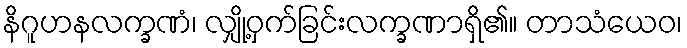
နိဂူဟနလက္ခဏံ၊ လျှို့ဝှက်ခြင်းလက္ခဏာရှိ၏။ တာသံယေဝ၊